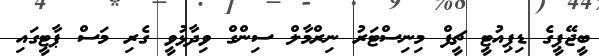
ބީޖޭޕީގެ ޑިޕިއުޓީ ޗީފް މިނިސްޓަރު ނިރްމާލް ސިންގް ވިދާޅުވީ ގެރި މަސް ޕާޓީގައި